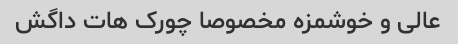
عالی و خوشمزه مخصوصا چورک هات داگش